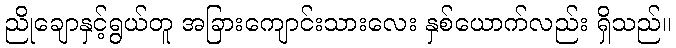
ညိုချောနှင့်ရွယ်တူ အခြားကျောင်းသားလေး နှစ်ယောက်လည်း ရှိသည်။